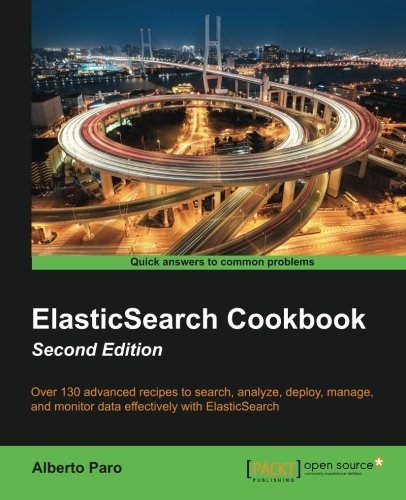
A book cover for ElasticSearch Cookbook, Second Edition; Alberto Paro; Computers & Technology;